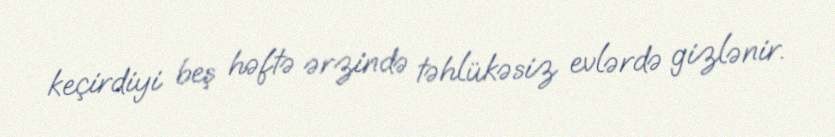
keçirdiyi beş həftə ərzində təhlükəsiz evlərdə gizlənir.